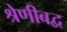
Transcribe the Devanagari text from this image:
श्रेणीबद्व